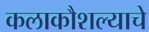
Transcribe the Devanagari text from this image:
कलाकौशल्याचे